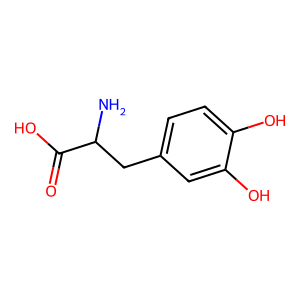
SMILES: NC(Cc1ccc(O)c(O)c1)C(=O)O
Inhibits HIV replication: No